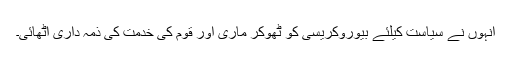
انہوں نے سیاست کیلئے بیوروکریسی کو ٹھوکر ماری اور قوم کی خدمت کی ذمہ داری اٹھائی۔